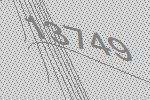
13749